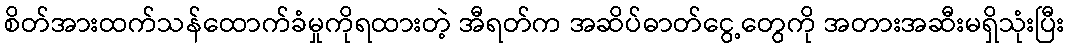
စိတ်အားထက်သန်ထောက်ခံမှုကိုရထားတဲ့ အီရတ်က အဆိပ်ဓာတ်ငွေ့တွေကို အတားအဆီးမရှိသုံးပြီး